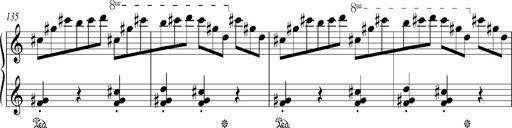
Title: Bagatelle sans tonalitÃ©
Composer: Franz Liszt